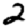
Digit: 2